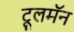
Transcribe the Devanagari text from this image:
टूलमॅन